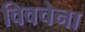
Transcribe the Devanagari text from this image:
विवचेना